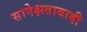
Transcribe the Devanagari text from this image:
सापेक्षतावादी